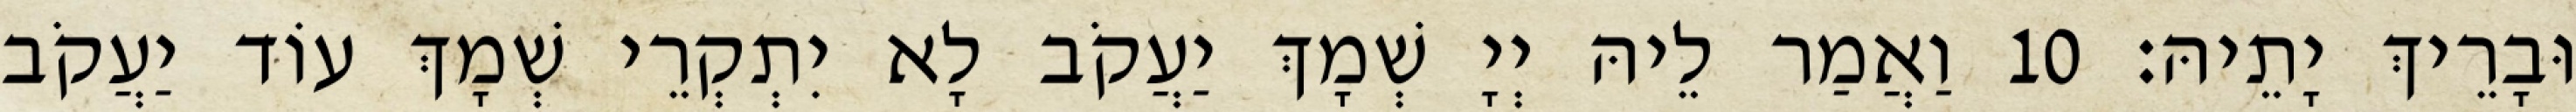
וּבָרֵיךְ יָתֵיהּ׃ 10 וַאֲמַר לֵיהּ יְיָ שְׁמָךְ יַעֲקֹב לָא יִתְקְרֵי שְׁמָךְ עוֹד יַעֲקֹב